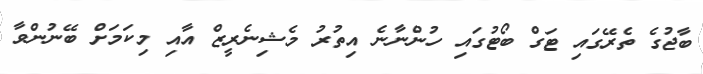
ބާޖުގެ ތެރޭގައި ޓަގް ބޯޓުގައި ހުންނާނެ އިތުރު މެޝިނެރީޒް އާއި މިކަމަށް ބޭނުންވާ